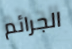
الجرائم